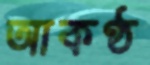
আকণ্ঠ